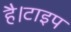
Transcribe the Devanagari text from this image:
है।टाइप